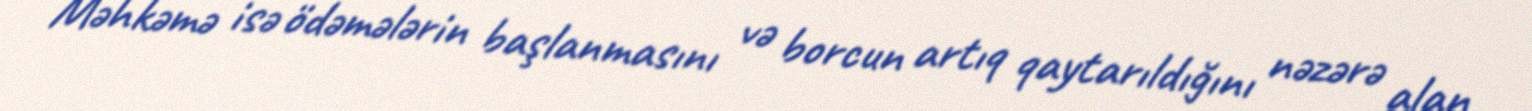
Məhkəmə isə ödəmələrin başlanmasını və borcun artıq qaytarıldığını nəzərə alan